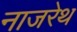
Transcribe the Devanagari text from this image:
नाजरेथ